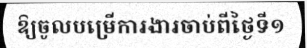
ឱ្យចូលបម្រើការងារចាប់ពីថ្ងៃទី១